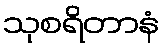
သုစရိတာနံ